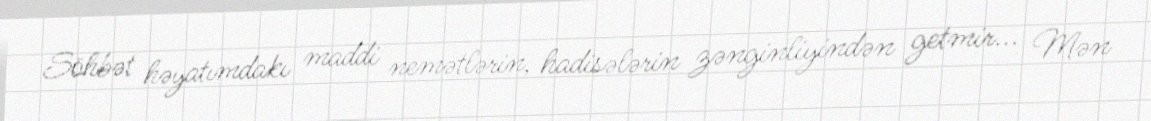
Söhbət həyatımdakı maddi nemətlərin, hadisələrin zənginliyindən getmir... Mən